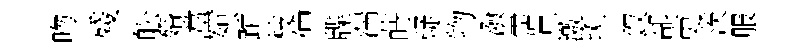
吻殘舩婚灙恕跎枝仲牒湍蒔疑物潑霑早激斑釵郤吏茨服